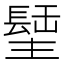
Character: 𨲣